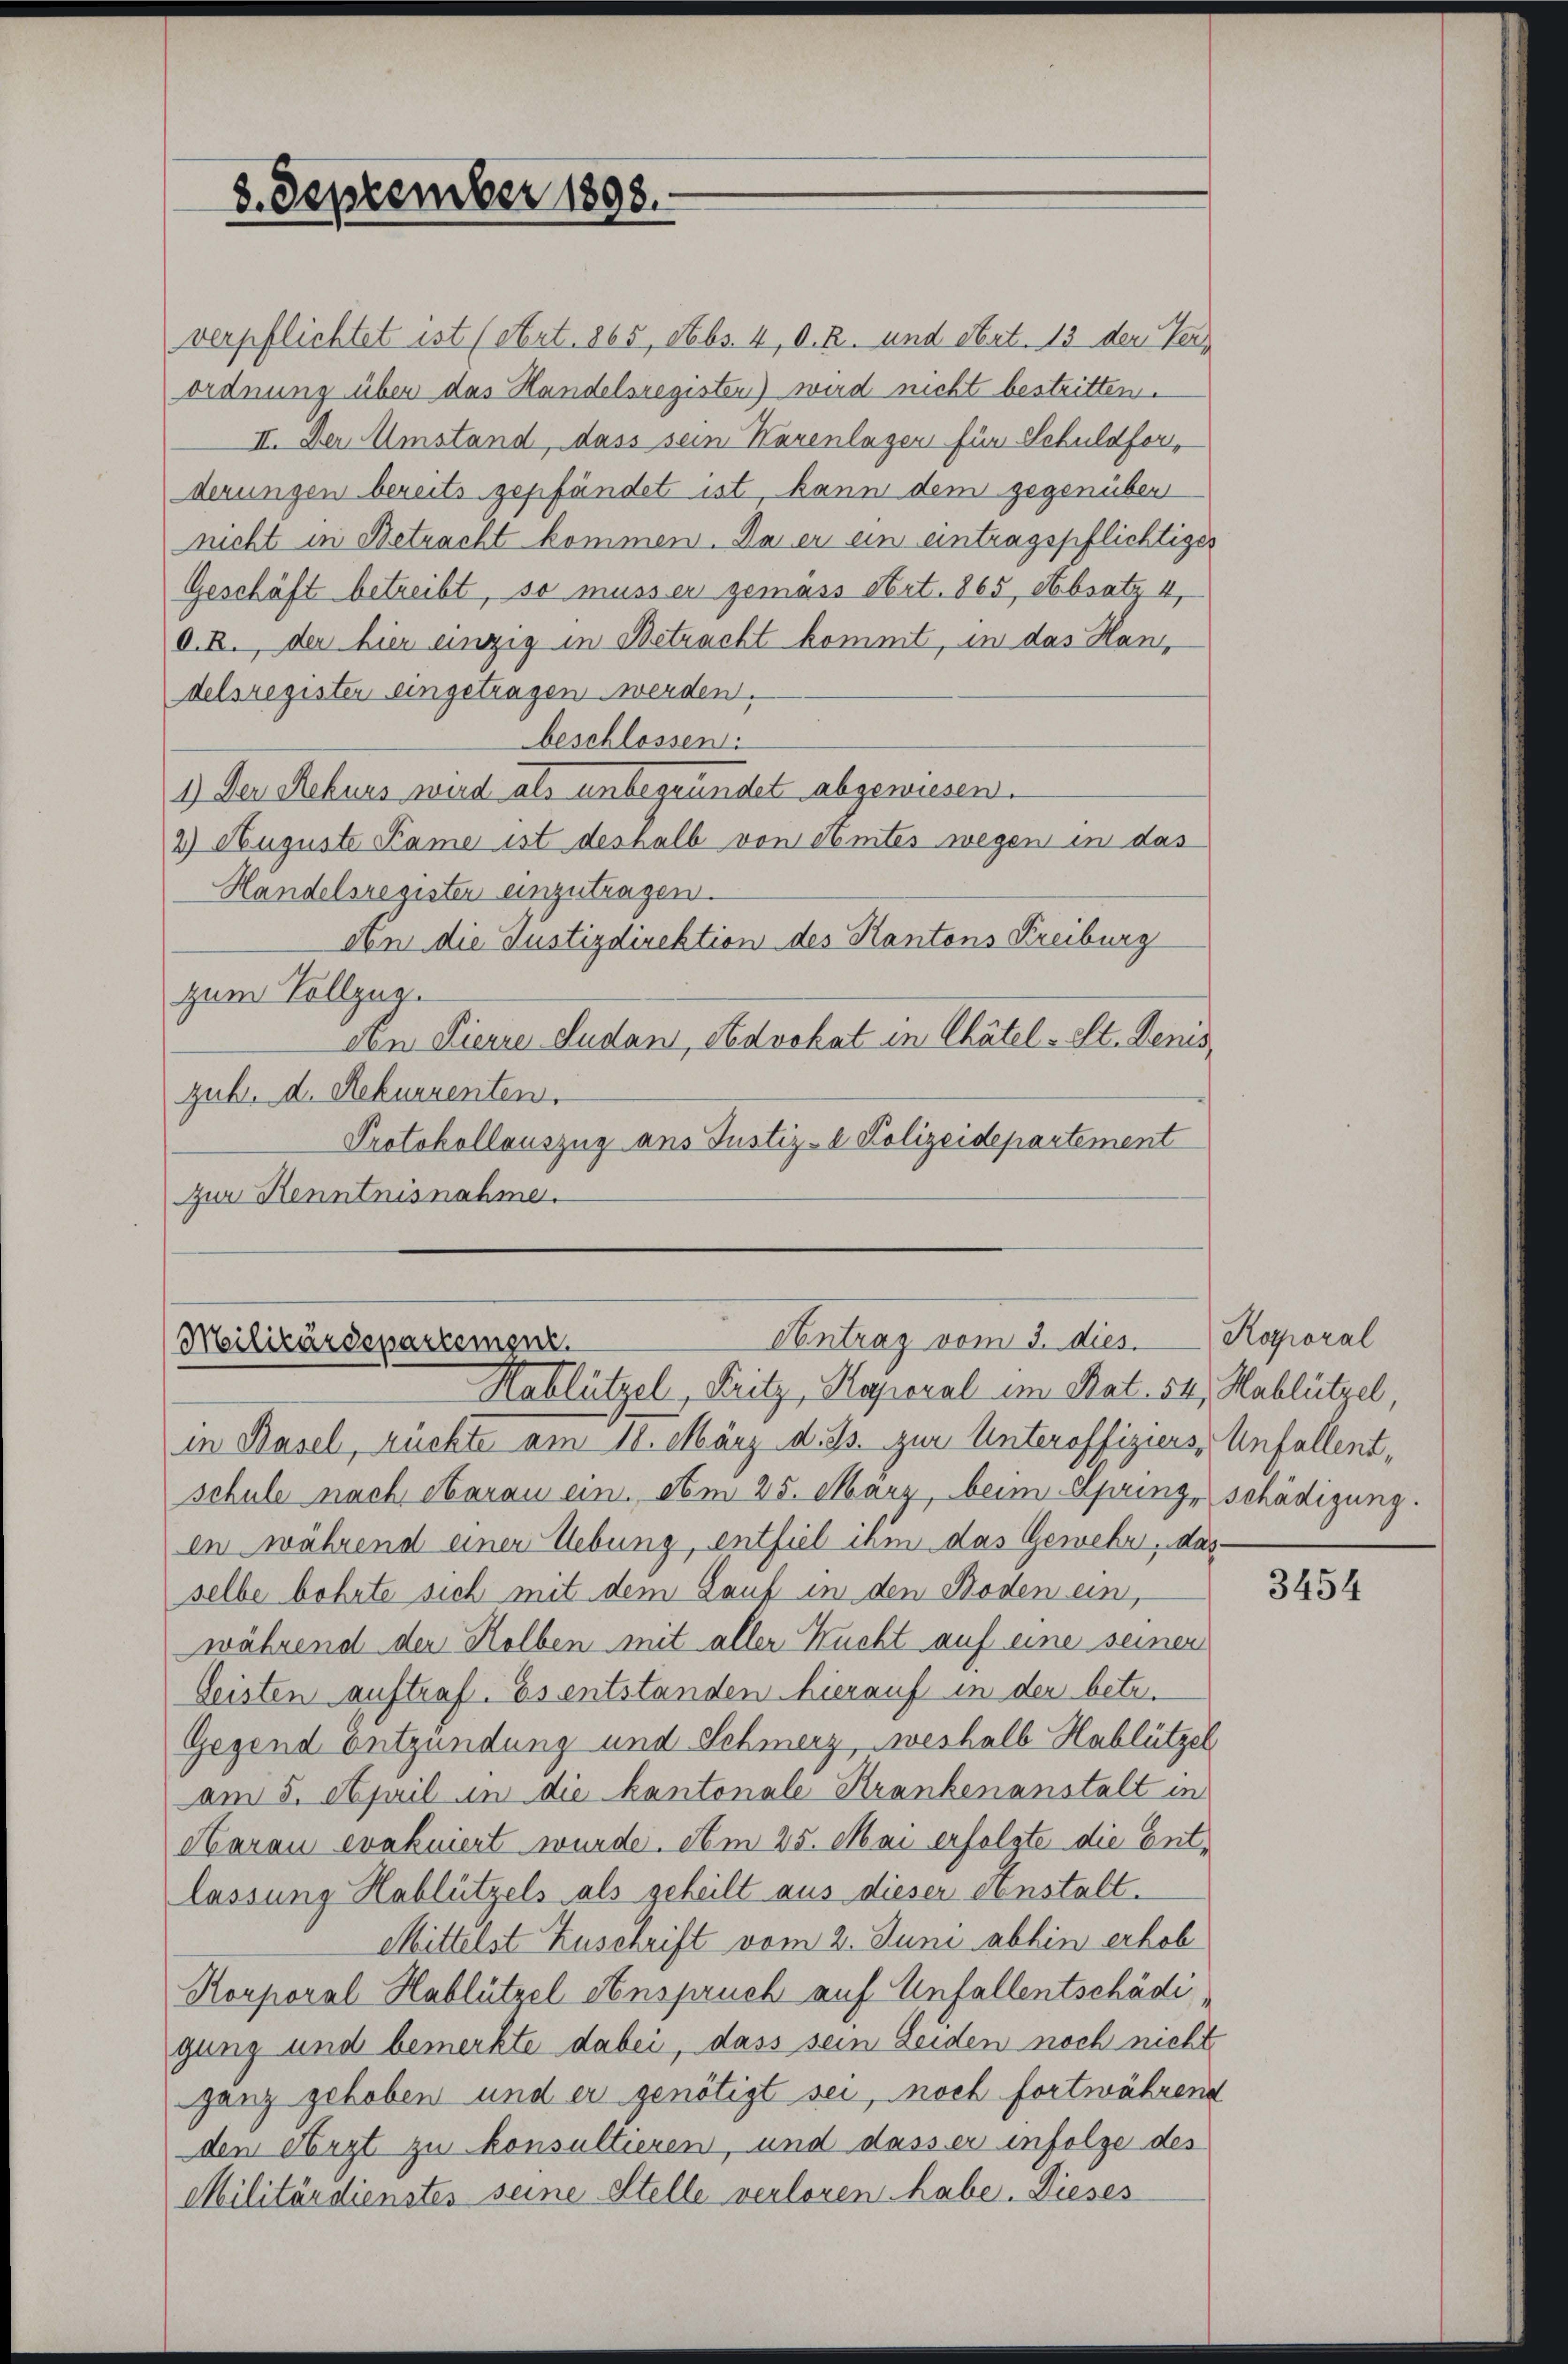
8. September 1898.

verpflichtet ist (stert. 865, Nebs. 4, d. R. und Art. 13 den Terordnung über das Handelsregisten) wird nicht bestritten.
II. Der Umstand, dass sein Karenlagen für Schuldforderungen bereits gepfändet ist, kann dem gegenüber
nicht in Betracht kommen. Da er ein eintragspflichtiges
Geschäft betreibt, so müsser gemäss Art. 865, Absatz 4,
d. R., der hier einzig in Betracht kommt, in das Han
delsregister eingetragen werden.
beschlossen:
1.) Der Rekurs wird als unbegründet abgewiesen.
2) Auguste Kame ist deshalb von Amtes wegen in das
Handelsregister einzutragen.
An die Justizdirektion des Kantons Freiburg
zum Vollzug.
den Pierre Ludan, Advokat in Chätel- St. Denis
gub. d. Rekurrenten.
Protokollauszug aus Justiz- & Polizeidepartement
zur Kenntnisnahme.

Antrag vom 3. dies.
Militärdepartement.
Hablützel, Fritz, Kaporal im Rat. 34. Hablützel,

in Basel, rückte am 18. März d. Js. zur Unteroffiziers Unfall(...)¬
schule nach Aarau ein. Am 25. März, beim Springeschädigung.
en während einer Uebung, entfiel ihm das Gewehr, dasselbe behrte sich mit dem Lauf in den Boden ein,
während der Holben mit aller Kucht auf eine seinen
Leisten auftraf. Es entstanden hierauf in der betr.
Gegend entzündung und Schmerz, weshalb Hablützel
am 5. April in die kantonale Krankenanstalt in
Aarau evakuiert wurde. Am 25. Mai erfolgte die Entlassung Hablützels als geheilt aus dieser Anstalt.
Mittelst Zuschrift vom 2. Juni abhin erhob
Korporal Hablützel Anspruch auf Unfallentschädi
gung und bemerkte dabei, dass sein Leiden noch nicht
ganz gehoben und er genötigt sei, noch fortwährend
den Nörgt zu konsultieren, und dass er infolge des
Militärdienstes seine Stelle verloren habe. Dieses

Rogoral

3454